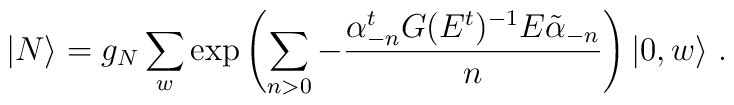
|N\rangle=g_{N}\sum_{w}\exp\left(\sum_{n>0}-\frac{\alpha_{-n}^{t}G(E^{t})^{-1}E\tilde{\alpha}_{-n}}{n}\right)|0,w\rangle\ .